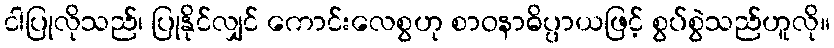
ငါပြုလိုသည်၊ ပြုနိုင်လျှင် ကောင်းလေစွဟု စာဝနာဓိပ္ပာယဖြင့် စွပ်စွဲသည်ဟူလို။